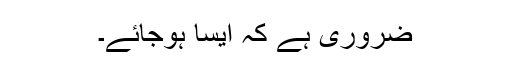
ضرورى ہے کہ ایسا ہوجائے۔